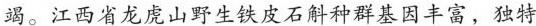
竭。江西省龙虎山野生铁皮石斛种群基因丰富，独特